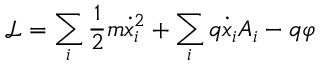
{ \mathcal { L } } = \sum _ { i } { \frac { 1 } { 2 } } m { \dot { x } } _ { i } ^ { 2 } + \sum _ { i } q { \dot { x } } _ { i } A _ { i } - q \varphi